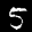
Digit: 5